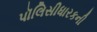
પૉલિસીધારકની